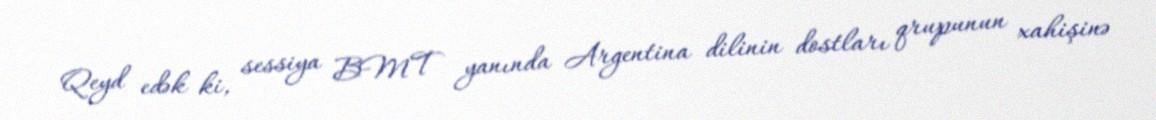
Qeyd edək ki, sessiya BMT yanında Argentina dilinin dostları qrupunun xahişinə